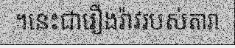
។នេះជារឿងរ៉ាវរបស់តារា